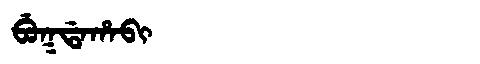
Manchu: ᠪᡠᡴᡩᠠᡥᠠᠪᡳ
Romanization: BUKDAHABI